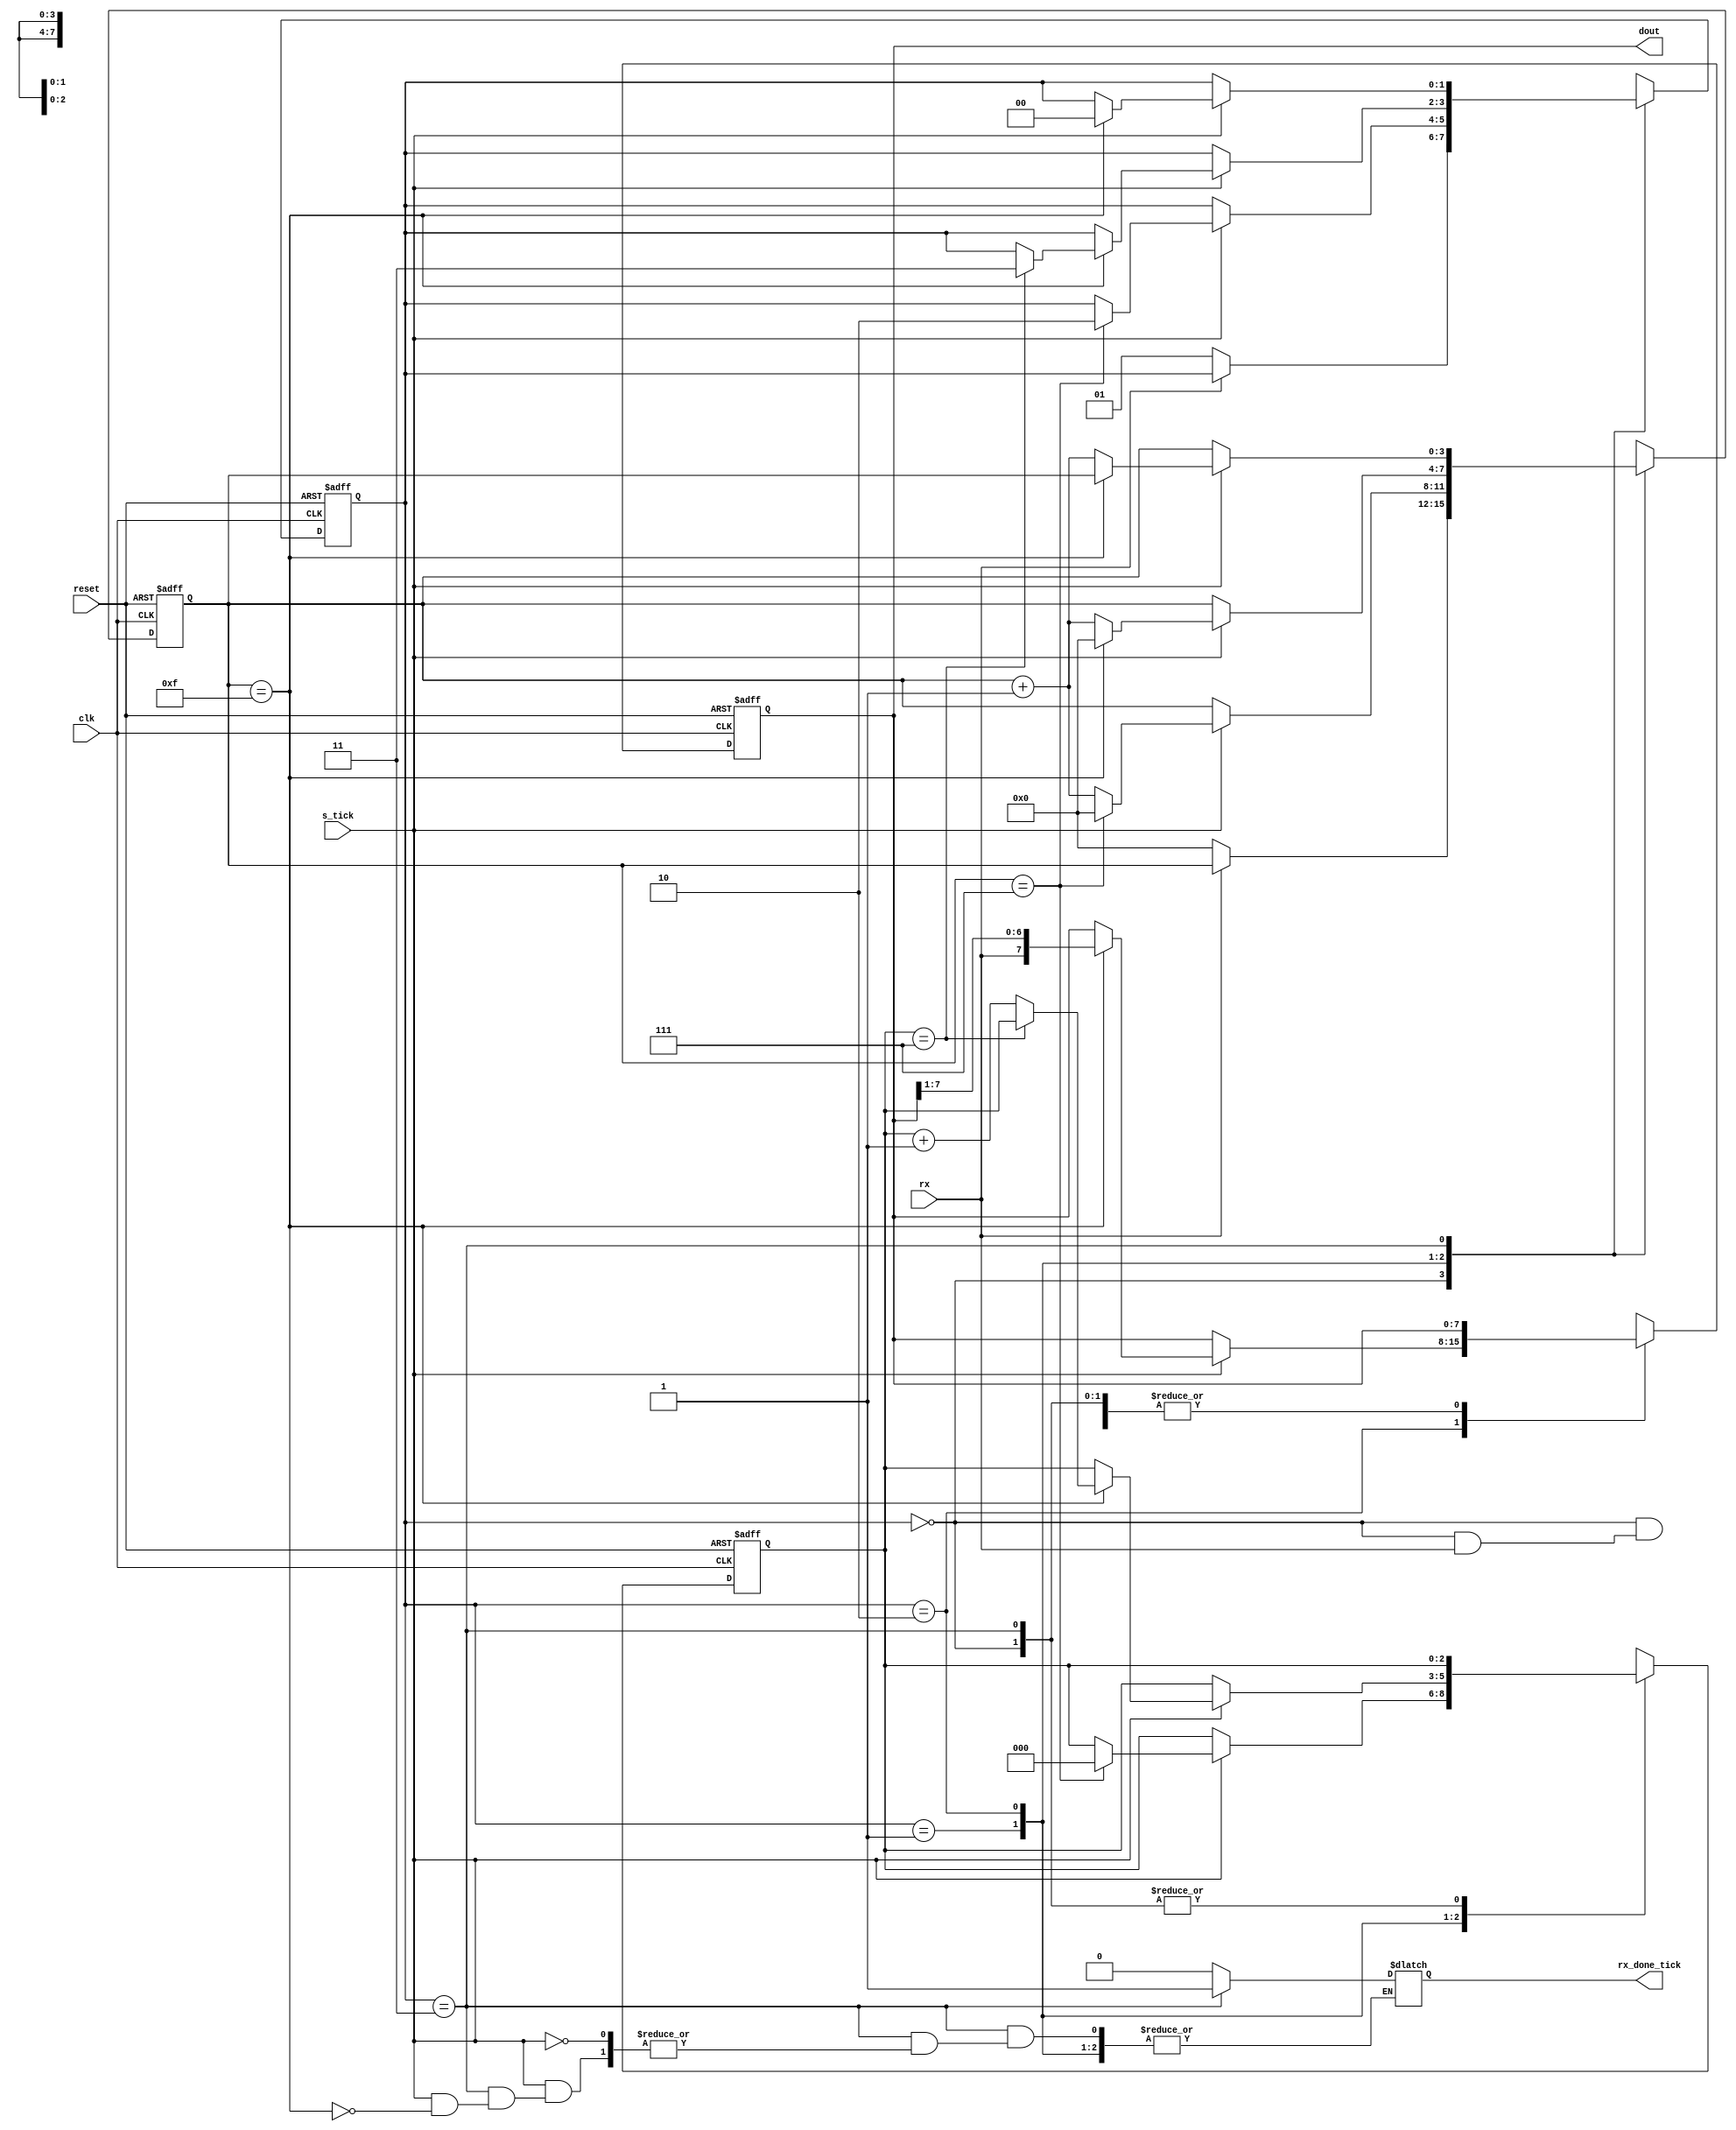
/************************************************************************************
*     The UART design files are owned and controlled by Eleptic Technologies    	*
*	  and must be used only for laboratory experiments for the course "Digital   	*
*     Logic Design" offered in Habib University. It is not allowed to edit these 	*
*	  files without prior permission from Eleptic Technologies. Furthermore, the 	*
*	  design files can only be used with the Eleptic Technologies devices and/or 	*
*	  software. Use with non-Eleptic devices or softwares is strictly prohibited 	*
*     and immediately terminates your license.                                 		*
*                                                              		                *
*	  Developer:	Hasan Baig														*
*	  Vendor: 		Eleptic Technologies											*
*																					*
*     (c) Copyright 2019-2020 Eleptic Technologies,                                 *
*     All rights reserved.                                          	            *
************************************************************************************/

module rx
(
	input		clk, 
	input		reset,
	input		rx, 
	input		s_tick,
	
	output reg	rx_done_tick ,
	output wire [7:0] dout
);

parameter DBIT = 8, 	// data bits
SB_TICK = 16; 			// ticks for stop bits


// symbolic state declaration
localparam [1:0]
	idle 	= 2'b00,
	start 	= 2'b01,
	data 	= 2'b10,
	stop 	= 2'b11;

// signal declaration
reg [1:0] state_reg, state_next ;
reg [3:0] s_reg , s_next ;
reg [2:0] n_reg , n_next ;
reg [7:0] b_reg , b_next ;



always@(posedge clk , posedge reset )
begin
	if ( reset )
	begin
		state_reg	<= idle ;
		s_reg 		<= 0 ;
		n_reg 		<= 0 ;
		b_reg 		<= 0 ;
	end
	
	else
	begin
		state_reg 	<= state_next ;
		s_reg 		<= s_next ;
		n_reg 		<= n_next ;
		b_reg 		<= b_next ;
	end
end	

// FSMD next-state logic
always @(*)
begin
	state_next	= state_reg ;
	//rx_done_tick = 1'b0 ;
	s_next 		= s_reg ;
	n_next 		= n_reg ;
	b_next		= b_reg ;
	
	case ( state_reg )
		idle :
				begin
					if (!rx)
					begin
						state_next = start ;
						rx_done_tick = 1'b0;
						s_next = 0 ;
					end
				end
				
		start :
				begin
					if (s_tick)
						if (s_reg == 7)
						begin
							state_next = data ;
							s_next = 0 ;
							n_next = 0 ;
						end

					else
						s_next = s_reg + 1'b1 ;
				end		

		data :
				begin
					if (s_tick)
						if (s_reg == 15)
						begin
							s_next = 0 ;
							b_next = {rx , b_reg[7:1]} ;
						
							if (n_reg == (DBIT-1))
								state_next = stop ;
							else
								n_next = n_reg + 1'b1 ;
						end
						
					else
						s_next = s_reg + 1'b1 ;
				end		
		
		stop :
				begin
					if (s_tick)
						if (s_reg == (SB_TICK-1))
						begin
							state_next = idle ;
							rx_done_tick = 1'b1 ;
						end
			
					else
						s_next = s_reg + 1'b1;
				end
	endcase

end

// o u t p u t
assign dout = b_reg ;

endmodule